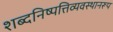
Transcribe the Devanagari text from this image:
शब्दनिष्पत्तिव्यवस्थानरूप